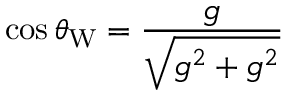
\cos \theta _ { \mathrm { W } } = { \frac { g } { \sqrt { g ^ { 2 } + g ^ { 2 } } } } \qquad